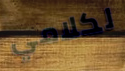
لكلامي